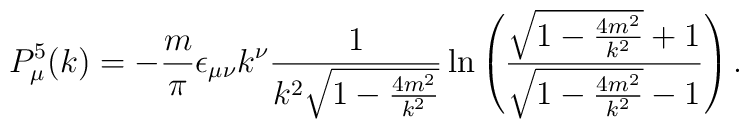
P_{\mu}^5(k)= -\frac{m}{\pi}\epsilon_{\mu\nu}k^{\nu}\frac{1}{k^2\sqrt{1-\frac{4m^2}{k^2}}}\ln \left( \frac{\sqrt{1-\frac{4m^2}{k^2}}+1}{\sqrt{1-\frac{4m^2}{k^2}}-1}\right) .